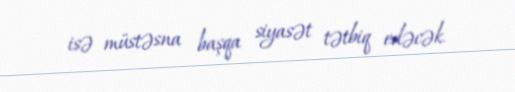
isə müstəsna başqa siyasət tətbiq edəcək.